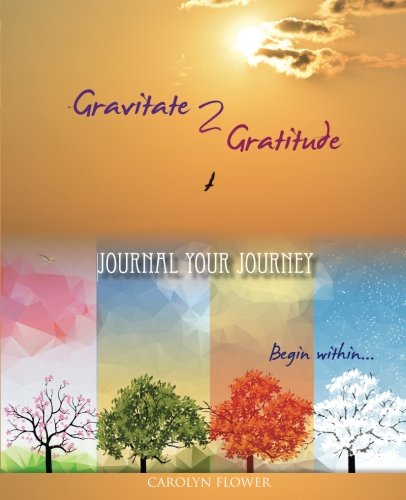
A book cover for Gravitate 2 Gratitude - Journal Your Journey: Begin Within; Carolyn Flower; Self-Help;